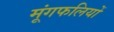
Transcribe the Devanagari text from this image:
मूंगफलियों